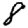
Digit: 8